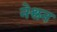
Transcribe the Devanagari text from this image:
नेश्लन